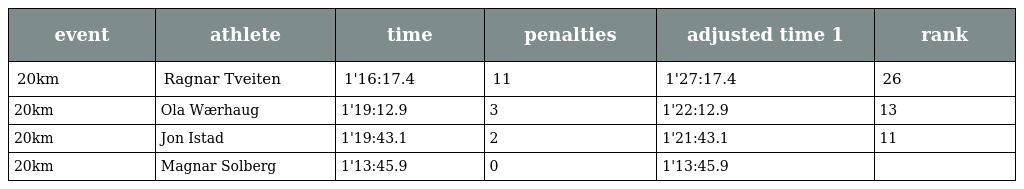
| event | athlete | time | penalties | adjusted time 1 | rank |
 | --- | --- | --- | --- | --- | --- |
 | 20km | Ragnar Tveiten | 1'16:17.4 | 11 | 1'27:17.4 | 26 |
 | 20km | Ola Wærhaug | 1'19:12.9 | 3 | 1'22:12.9 | 13 |
 | 20km | Jon Istad | 1'19:43.1 | 2 | 1'21:43.1 | 11 |
 | 20km | Magnar Solberg | 1'13:45.9 | 0 | 1'13:45.9 |  |